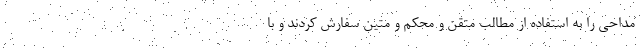
مداحی را به استفاده از مطالب متقن و محکم و متین سفارش کردند و با